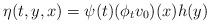
LaTeX: \begin{align*}\eta(t,y,x) = \psi(t)(\phi_t v_0)(x) h(y)\quad\end{align*}